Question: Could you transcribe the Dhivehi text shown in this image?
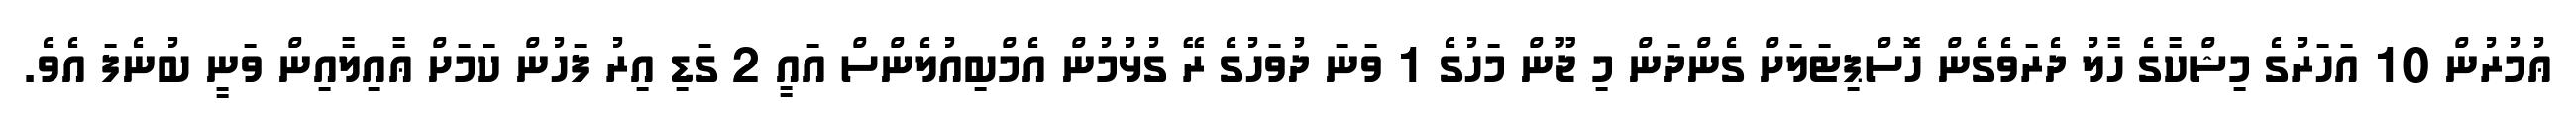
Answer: ޢުމުރުން 10 އަހަރުގެ މިޝްކާގެ ހާލު ދެރަވެގެން ހޮސްޕިޓަލަށް ގެންދަން މި ޖޫން މަހުގެ 1 ވަނަ ދުވަހުގެ ރޭ ގުޅުމުން އެމްބިއުލެންސް އައީ 2 ގަޑި އިރު ފަހުން ކަމަށް ޢާއިލާއިން ވަނީ ބުނެފަ އެވެ.